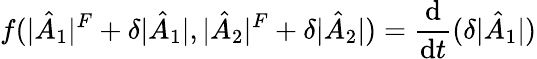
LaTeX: f(|\hat{A}_{1}|^{F}+\delta|\hat{A}_{1}|,|\hat{A}_{2}|^{F}+\delta|\hat{A}_{2}|)=\frac{\mathrm{d}}{\mathrm{d}t}(\delta|{\hat{A}_{1}}|)